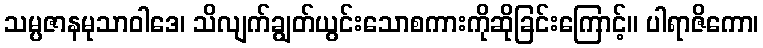
သမ္ပဇာနမုသာဝါဒေ၊ သိလျက်ချွတ်ယွင်းသောစကားကိုဆိုခြင်းကြောင့်။ ပါရာဇိကော၊